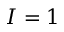
I = 1